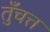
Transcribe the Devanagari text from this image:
तुँचत्त